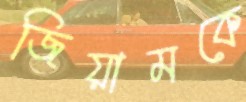
জিয়ামকে